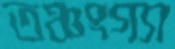
তঞ্চংগ্যা